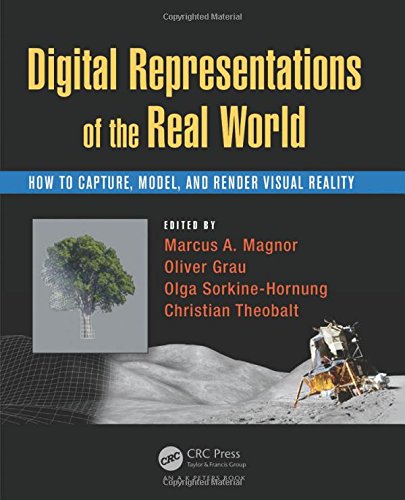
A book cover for Digital Representations of the Real World: How to Capture, Model, and Render Visual Reality; Computers & Technology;